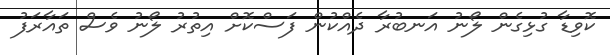
ކޮވިޑާ ގުޅިގެން ލޯނު އަނބުރާ ދެއްކުން ފަސްކޮށް އިތުރު ލޯނު ވެސް ތައާރަފު